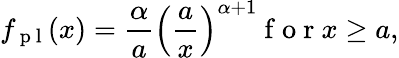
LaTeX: f_{\mathrm{~p~l~}}(x)=\frac\alpha a\left(\frac ax\right)^{\alpha+1}\mathrm{~f~o~r~}x\ge a,